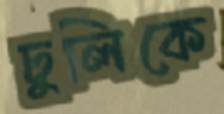
ঢুলিকে